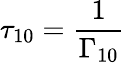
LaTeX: \tau_{10}=\frac{1}{\Gamma_{10}}